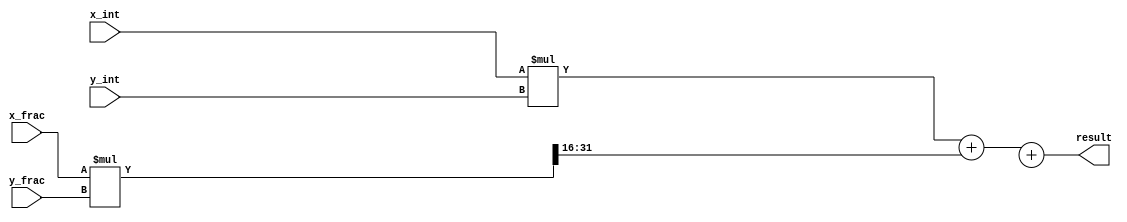
module fixed_point_multiplier(
input [15:0] x_int, // Integer part of input x
input [15:0] x_frac, // Fractional part of input x
input [15:0] y_int, // Integer part of input y
input [15:0] y_frac, // Fractional part of input y
output reg [31:0] result // Final product of x and y
);

reg [31:0] int_mult; // Product of integer parts
reg [31:0] frac_mult; // Product of fractional parts
reg [31:0] scaled_result; // Scaled result after shifting
reg [15:0] rounding_value; // Rounding value for final result

// Multiply integer parts
always @(*)
int_mult = x_int * y_int;

// Multiply fractional parts with proper scaling
always @(*)
frac_mult = (x_frac * y_frac) >> 16;

// Scale and add integer and fractional products
always @(*)
scaled_result = int_mult + frac_mult;

// Determine rounding value based on rounding mode (if needed)

// Assign final result with scaling and rounding
always @(*)
result = scaled_result + rounding_value;

endmodule